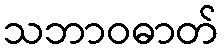
သဘာဝဓာတ်